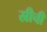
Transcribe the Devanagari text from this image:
स्रीची